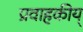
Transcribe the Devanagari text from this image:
प्रवाहकीय्